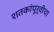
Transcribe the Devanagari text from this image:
शतकांपूर्वीचा